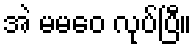
အဲ မမဝေ လုပ်ပြီ။